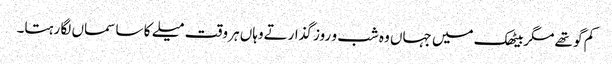
کم گو تھے مگربیٹھک میں جہاں وہ شب و روز گذارتےوہاں ہر وقت میلے کا سا سماں لگا رہتا۔